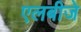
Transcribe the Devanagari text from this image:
एलबीजे